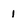
Character: 1